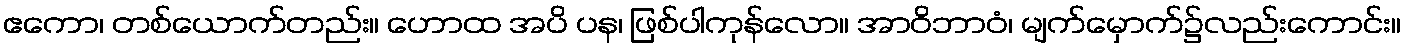
ဧကော၊ တစ်ယောက်တည်း။ ဟောထ အပိ ပန၊ ဖြစ်ပါကုန်လော။ အာဝိဘာဝံ၊ မျက်မှောက်၌လည်းကောင်း။